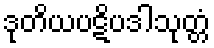
ဒုတိယပဋိပဒါသုတ္တံ